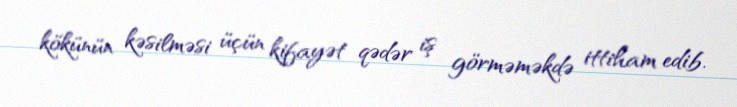
kökünün kəsilməsi üçün kifayət qədər iş görməməkdə ittiham edib.